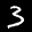
Label: 3